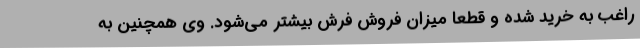
راغب به خرید شده و قطعا میزان فروش فرش بیشتر می‌شود. وی همچنین به